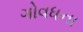
ગોવધના